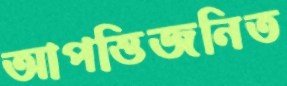
আপত্তিজনিত